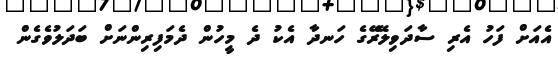
އެއަށް ފަހު އެރި ސާދަވިލޭރޭގެ ހަނދާ އެކު ދެ މީހުން ދެމަފިރިންނަށް ބަދަލުވެގެން